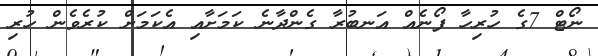
ނޯޓް 7ގެ ހުރިހާ ފޯނެއް އަނބުރާ ގެންދާނެ ކަމަށާއި އެކަމަށް ކުރެވެން ހުރި